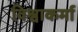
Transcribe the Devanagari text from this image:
विश्वाकर्मा